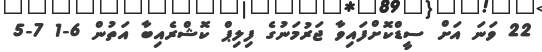
22 ވަނަ އަށް ސީޑްކޮށްފައިވާ ޖަރުމަނުގެ ފިލިޕް ކޮޝްރެއިބާ އަތުން 6-1 7-5